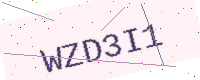
Text: WZD3I1